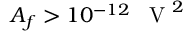
A _ { f } > 1 0 ^ { - 1 2 } \mathrm { ~ \, ~ V ~ } ^ { 2 }